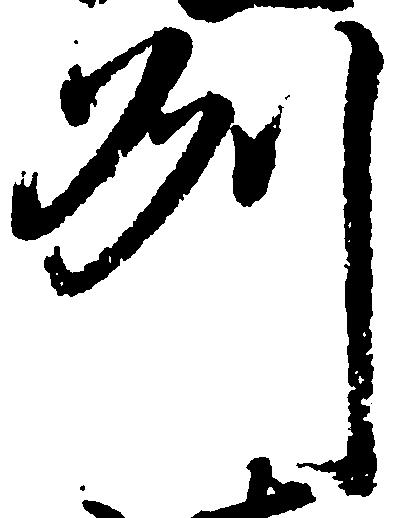
州